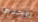
وحدها